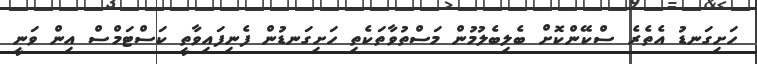
ހަށިގަނޑު އެތެރެ ސްކޭންކޮށް ބެލިބެލުމުން މަސްތުވާތަކެތި ހަށިގަނޑުން ފެނިފައިވާތީ ކަސްޓަމްސް އިން ވަނީ